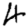
Digit: 4